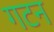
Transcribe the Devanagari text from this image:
गटन